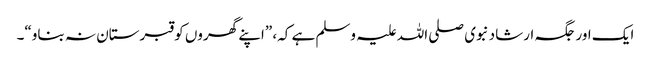
ایک اور جگہ ارشاد نبوی صلی اللہ علیہ وسلم ہے کہ، ”اپنے گھروں کو قبرستان نہ بناو“۔